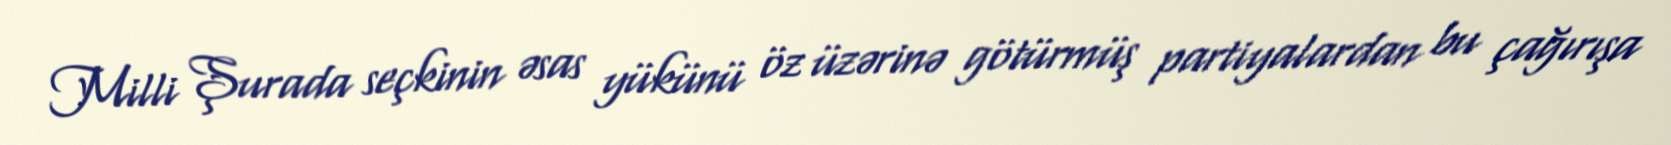
Milli Şurada seçkinin əsas yükünü öz üzərinə götürmüş partiyalardan bu çağırışa